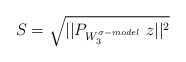
\begin{align*}S=\sqrt{||P_{W^{\sigma-model}_3}\;z||^2}\end{align*}